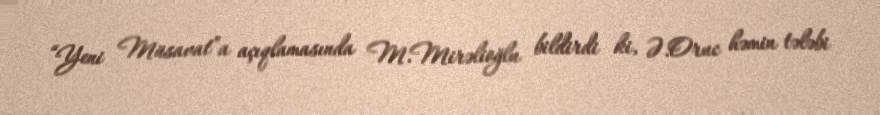
“Yeni Müsavat”a açıqlamasında M.Mirəlioğlu bildirdi ki, Ə.Oruc həmin tələbi